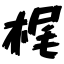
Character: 梶